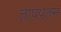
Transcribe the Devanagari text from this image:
तापपतन